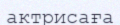
актрисаға